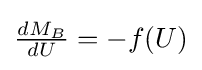
{\textstyle {\frac {dM_{B}}{dU}}=-f(U)}